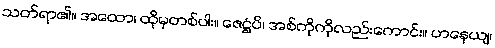
သတ်ရာ၏။ အထော၊ ထိုမှတစ်ပါး။ ဇေဋ္ဌံပိ၊ အစ်ကိုကိုလည်းကောင်း။ ဟနေယျ၊